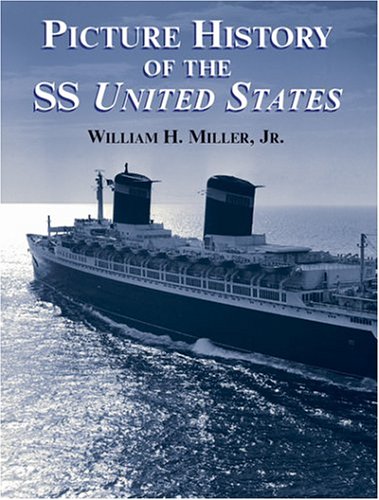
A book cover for Picture History of the SS United States (Dover Maritime); William H.  Jr. Miller; Arts & Photography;